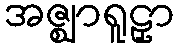
အဇ္ဈာရူဠှာ